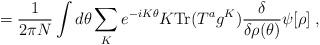
LaTeX: \begin{align*}=\frac{1}{2\pi N}\int d\theta\sum_K e^{-iK\theta}K{\rm Tr}(T^ag^K)\frac{\delta}{\delta\rho(\theta)}\psi[\rho] \; ,\end{align*}